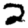
Digit: 2